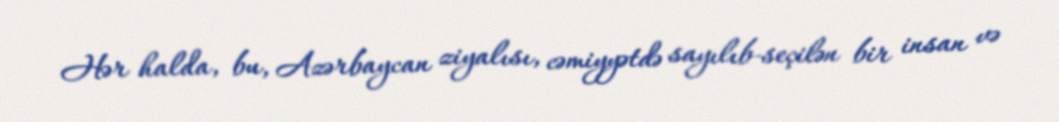
Hər halda, bu, Azərbaycan ziyalısı, cəmiyyətdə sayılıb-seçilən bir insan və